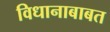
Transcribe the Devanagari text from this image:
विधानाबाबत